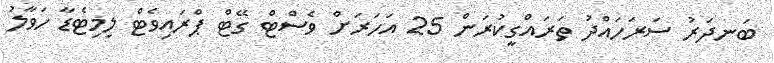
ބަނދަރު ސަރަހައްދު ތަރައްގީކުރަން 25 އަހަރަށް ވެސްޓް ގޭޓް ޕްރައިވެޓް ލިމިޓެޑާ ހަވާލު